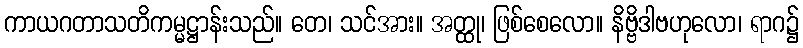
ကာယဂတာသတိကမ္မဋ္ဌာန်းသည်။ တေ၊ သင်အား။ အတ္ထု၊ ဖြစ်စေလော။ နိဗ္ဗိဒါဗဟုလော၊ ရာဂ၌